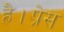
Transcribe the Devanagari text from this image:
है।प्रेस